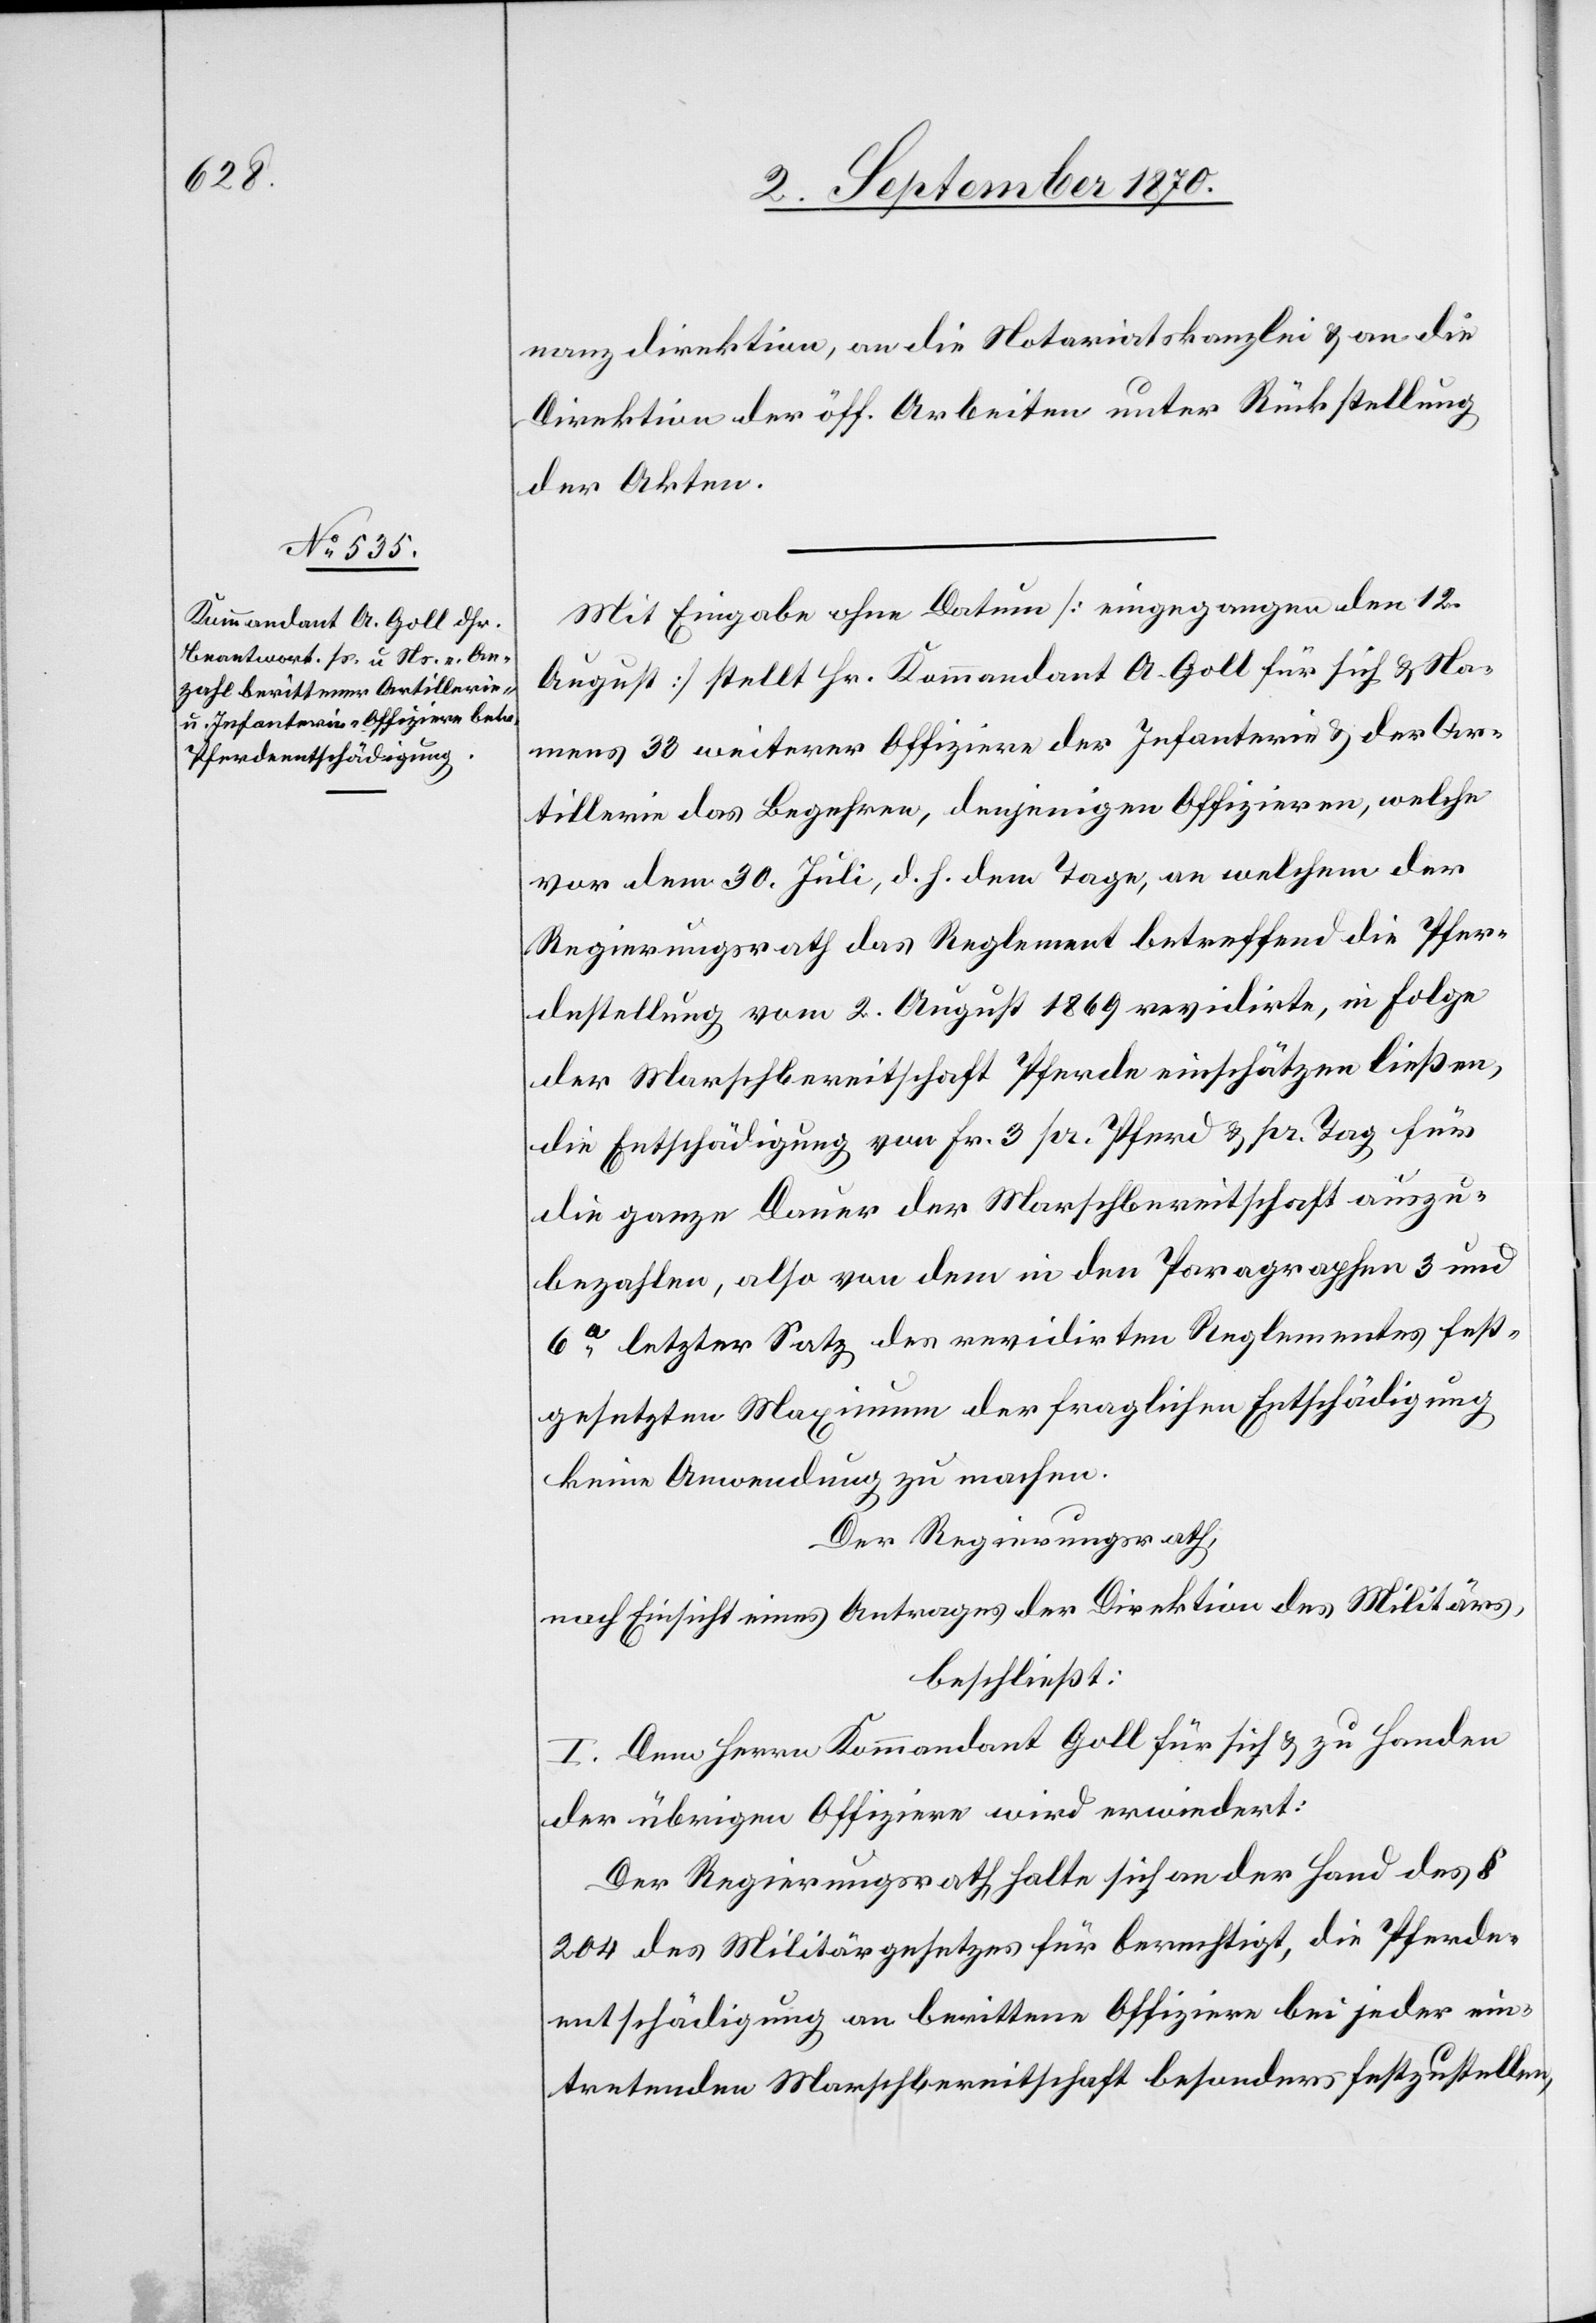
nanzdirektion, an die Notariatskanzlei & an die
Direktion der öff. Arbeiten unter Rückstellung
der Akten.
Mit Eingabe ohne Datum [eingegangen den 12.
August] stellt Hr. Kommandant A. Goll für sich & Na¬
mens 30 weiterer Offiziere der Infanterie & der Ar¬
tillerie das Begehren, denjenigen Offizieren, welche
vor dem 30. Juli, d. h. dem Tage, an welchem der
Regierungsrath das Reglement betreffend die Pfer¬
destellung vom 2. August 1869 revidirte, in Folge
der Marschbereitschaft Pferde einschätzen ließen,
die Entschädigung von Fr. 3 pr. Pferd & pr. Tage für
die ganze Dauer der Marschbereitschaft auszu¬
bezahlen, also von dem in den Paragraphen 3 und
6a letzter Satz des revidirten Reglementes fest¬
gesetzten Maximum der fraglichen Entschädigung
keine Anwendung zu machen.
Der Regierungsrath,
nach Einsicht eines Antrages der Direktion des Militärs,
beschließt:
I. Dem Herrn Kommandant Goll für sich & zu Handen
der übrigen Offiziere wird erwiedert:
Der Regierungsrath halte sich an der Hand des §
204 des Militärgesetzes für berechtigt, die Pferde¬
entschädigung an berittene Offiziere bei jeder ein¬
treffenden Marschbereitschaft besonders festzustellen,